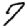
Digit: 7